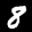
Label: 8